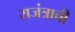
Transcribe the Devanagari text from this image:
राजंत्राची